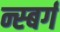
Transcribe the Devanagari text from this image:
न्स्बर्ग